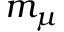
m _ { \mu }